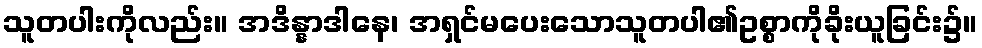
သူတပါးကိုလည်း။ အဒိန္နာဒါနေ၊ အရှင်မပေးသောသူတပါ၏ဥစ္စာကိုခိုးယူခြင်း၌။